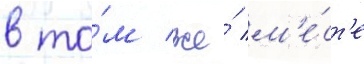
в то́м же́ м'е́ст'е